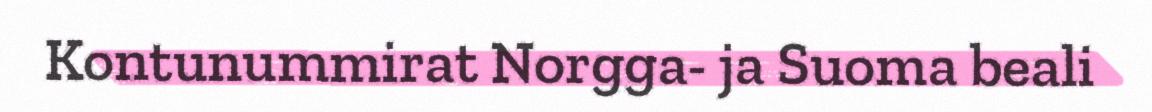
Kontunummirat Norgga- ja Suoma beali